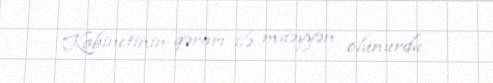
Kabinetinin qərarı ilə müəyyən olunurdu.